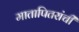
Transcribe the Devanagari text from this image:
मातापितरांची